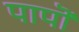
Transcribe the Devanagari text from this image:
पापॊं